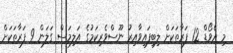
މި އެވޯޑް 12 ފަރާތަކަށް ލިބިފައިވާއިރު ނޫސްވެރިކަމުގެ އަލިމަސް ގަލަން 9 ފަރާތަކަށް